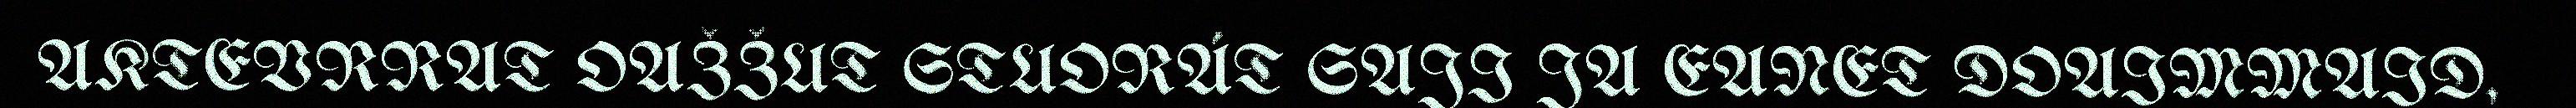
AKTEVRRAT OAŽŽUT STUORÁT SAJI JA EANET DOAIMMAID,